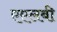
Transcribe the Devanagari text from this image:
एएलबी